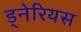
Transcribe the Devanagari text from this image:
ड्नेरियस